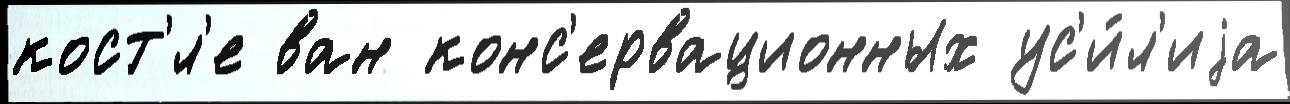
кост'́л'е ван конс'ервационных ус'и́л'иjа